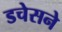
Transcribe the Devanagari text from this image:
डचेसने